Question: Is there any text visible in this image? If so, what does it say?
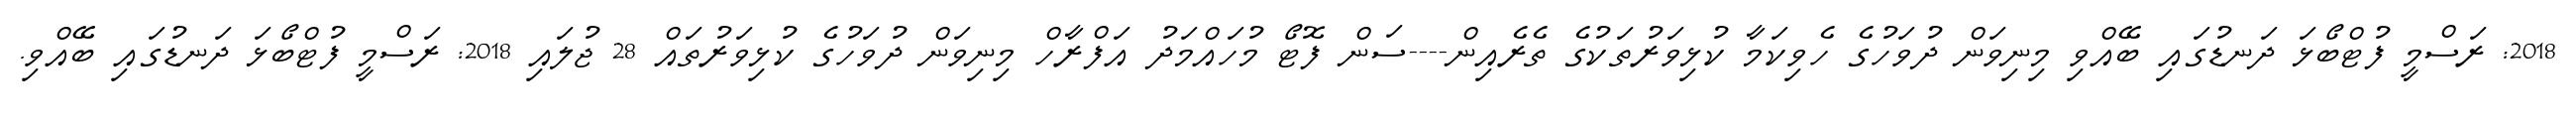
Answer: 2018: ރަސްމީ ފުޓްބޯޅަ ދަނޑުގައި ބޭއްވި މިނިވަން ދުވަހުގެ ހެވިކަމާ ކުޅިވަރުތަކުގެ ތެރެއިން----ސަން ފޮޓޯ މުހައްމަދު އަފްރާހް މިނިވަން ދުވަހުގެ ކުޅިވަރުތައް 28 ޖުލައި 2018: ރަސްމީ ފުޓްބޯޅަ ދަނޑުގައި ބޭއްވި.